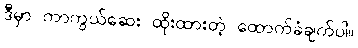
ဒီမှာ ကာကွယ်ဆေး ထိုးထားတဲ့ ထောက်ခံချက်ပါ။